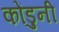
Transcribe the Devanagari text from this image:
कोंडुनी